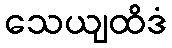
သေယျထိဒံ